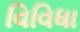
વિવિધા